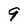
Character: 9